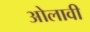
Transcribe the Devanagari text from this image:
ओलावी